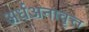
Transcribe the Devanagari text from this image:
अर्धअनावृत्त